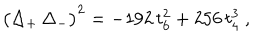
LaTeX: \big ( \Delta _ { + } \, \Delta _ { - } \big ) ^ { 2 } = - 1 9 2 \, t _ { 6 } ^ { 2 } + 2 5 6 \, t _ { 4 } ^ { 3 } \ ,